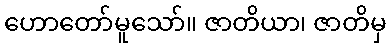
ဟောတော်မူသော်။ ဇာတိယာ၊ ဇာတိမှ